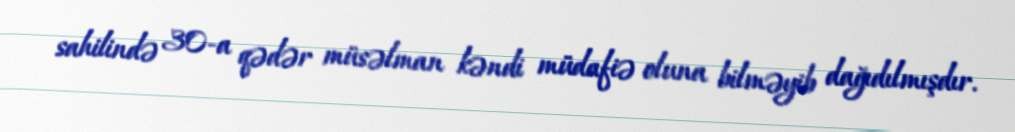
sahilində 30-a qədər müsəlman kəndi müdafiə oluna bilməyib dağıdılmışdır.